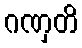
ဂဏှတိ